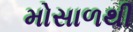
મોસાળથી